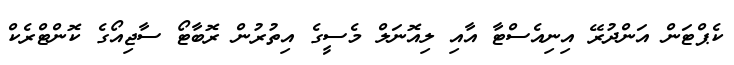
ކެޕްޓަން އަންދުރޭ އިނިއެސްޓާ އާއި ލިއޮނަލް މެސީގެ އިތުރުން ރޮބާޓޯ ސާޖިއޯގެ ކޮންޓްރެކް